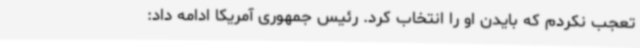
تعجب نکردم که بایدن او را انتخاب کرد. رئیس جمهوری آمریکا ادامه داد: